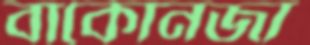
বাকোনজা